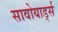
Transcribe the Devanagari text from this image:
सावोयार्ड्स